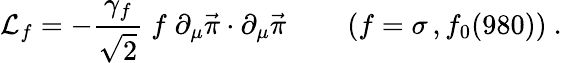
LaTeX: {\cal L}_{f}=-\frac{\gamma_{f}}{\sqrt{2}}\; f\; \partial_{\mu}\vec{\pi}\cdot\partial_{\mu}\vec{\pi}\qquad\left(f=\sigma\, ,f_{0}(980)\right)\ .